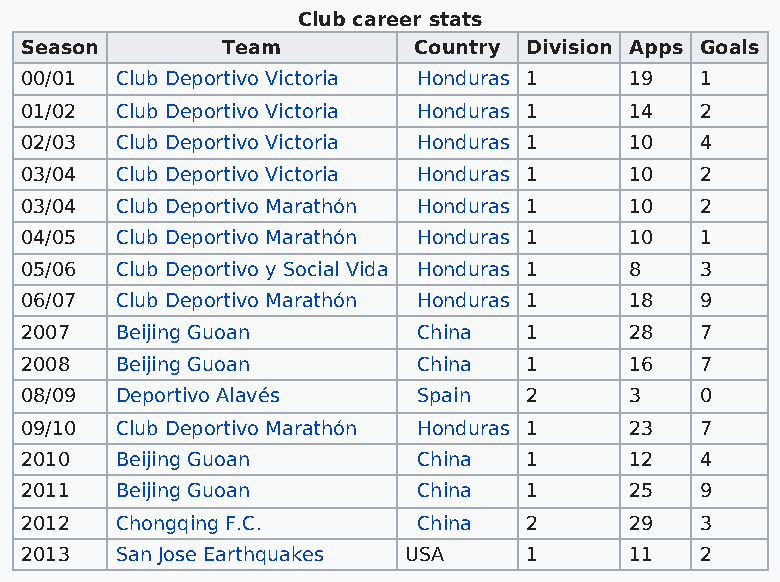
Club career stats
 Season        Team        Country Division Apps Goals
 00/01  Club Deportivo Victoria Honduras 1 19 1
 01/02  Club Deportivo Victoria Honduras 1 14 2
 02/03  Club Deportivo Victoria Honduras 1 10 4
 03/04  Club Deportivo Victoria Honduras 1 10 2
 03/04  Club Deportivo Marathón Honduras 1 10 2
 04/05  Club Deportivo Marathón Honduras 1 10 1
 05/06  Club Deportivo y Social Vida Honduras 1 8 3
 06/07  Club Deportivo Marathón Honduras 1 18 9
 2007   Beijing Guoan       China  1      28  7
 2008   Beijing Guoan       China  1      16  7
 08/09  Deportivo Alavés    Spain  2      3   0
 09/10  Club Deportivo Marathón Honduras 1 23 7
 2010   Beijing Guoan       China  1      12  4
 2011   Beijing Guoan       China  1      25  9
 2012   Chongqing F.C.      China  2      29  3
 2013   San Jose Earthquakes USA   1      11  2